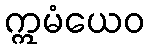
ဣမံယေဝ